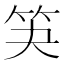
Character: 𮅃